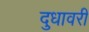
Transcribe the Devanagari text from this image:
दुधावरी